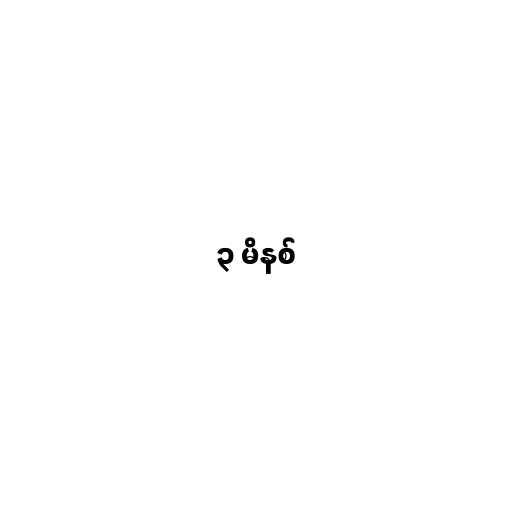
၃ မိနစ်